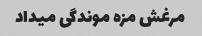
مرغش مزه موندگی میداد